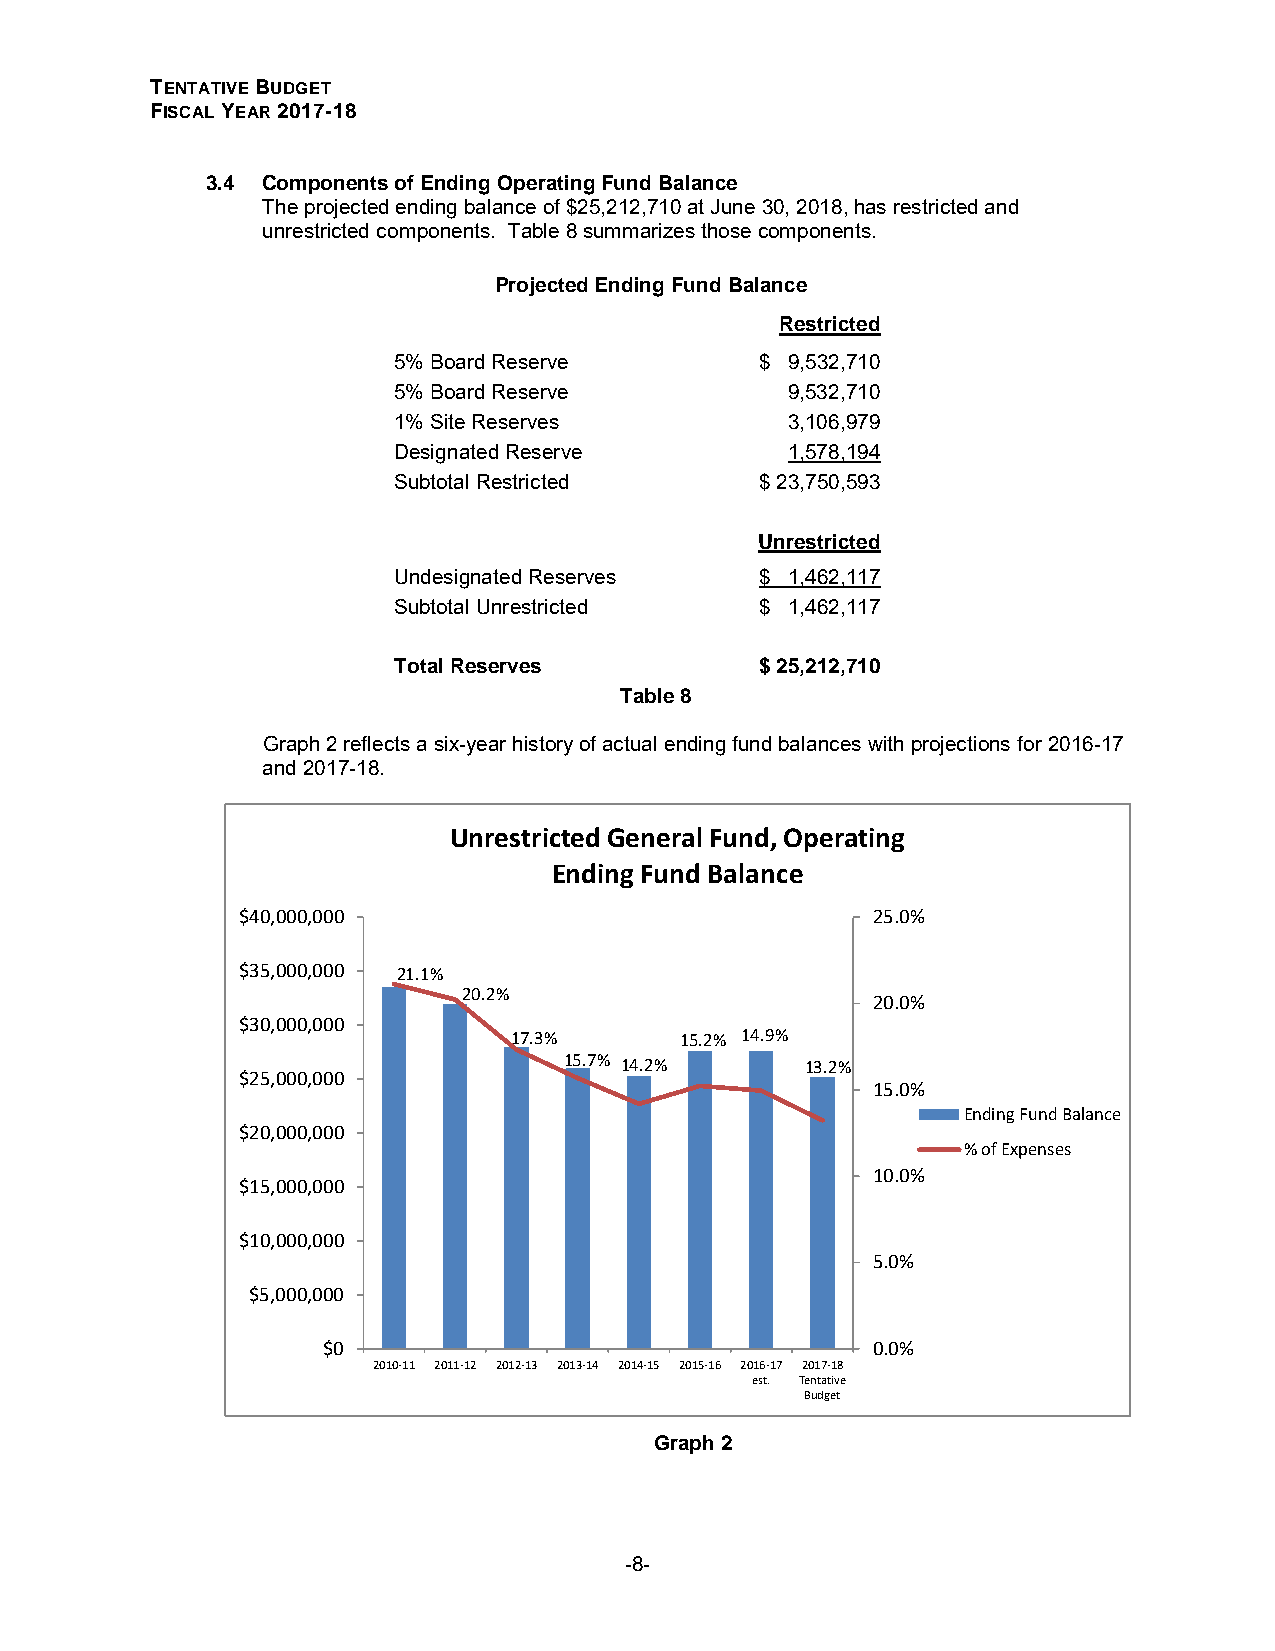
TENTATIVE BUDGET
 FISCAL YEAR 2017-18
 3.4 Components of Ending Operating Fund Balance
 The projected ending balance of $25,212,710 at June 30, 2018, has restricted and
 unrestricted components. Table 8 summarizes those components.
 Projected Ending Fund Balance
 Res tricted
 5% Board Reserve        $ 9,5 32,710
 5% Board Reserve          9,5 32,710
 1% Site Reserves          3,1 06,979
 Designated Reserve        1,5 78,194
 Subtotal Restricted     $ 23,7 50,593
 Unres tricted
 Undesignated Reserves   $ 1,4 62,117
 Subtotal Unrestricted   $ 1,4 62,117
 Total Reserves          $ 25,2 12,710
 Table 8
 Graph 2 reflects a six-year history of actual ending fund balances with projections for 2016-17
 and 2017-18.
 Unrestricted General Fund, Operating
 Ending Fund Balance
 $40,000,000                               25.0%
 $35,000,000 21.1%
 20.2%
 20.0%
 $30,000,000
 17.3%      15.2% 14.9%
 15.7% 14.2%     13.2%
 $25,000,000
 15.0%
 Ending Fund Balance
 $20,000,000
 % of Expenses
 10.0%
 $15,000,000
 $10,000,000
 5.0%
 $5,000,000
 $0                                   0.0%
 2010-11 2011-12 2012-13 2013-14 2014-15 2015-16 2016-17 2017-18
 est. Tentative
 Budget
 Graph 2
 -8-